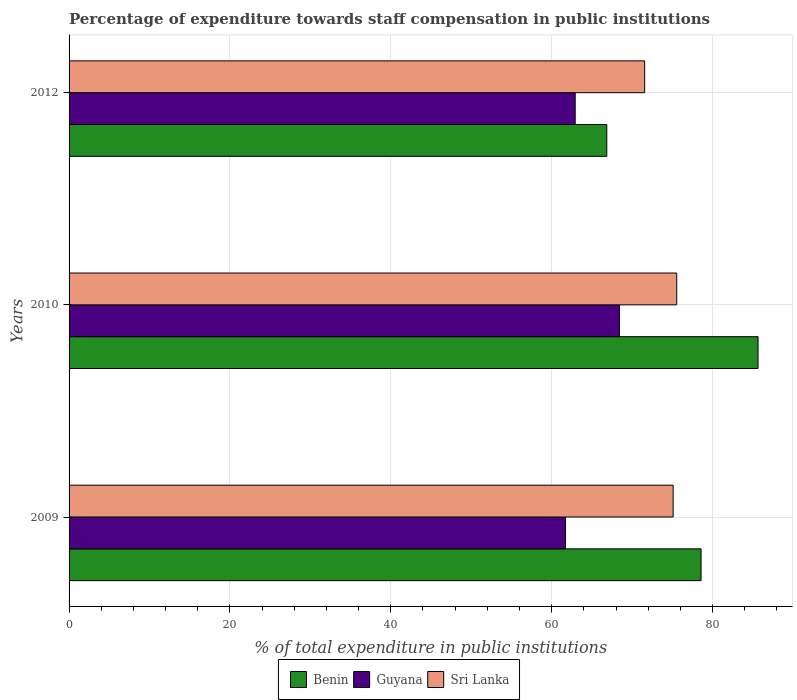
| Years | Benin | Guyana | Sri Lanka |
 | --- | --- | --- | --- |
 | 2009 | 78.6 | 61.7 | 75.1 |
 | 2010 | 85.7 | 68.4 | 75.5 |
 | 2012 | 66.9 | 62.9 | 71.6 |